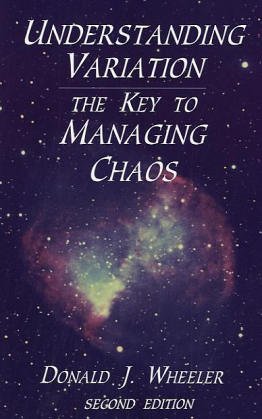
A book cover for Understanding Variation: The Key to Managing Chaos; Donald J. Wheeler; Science & Math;